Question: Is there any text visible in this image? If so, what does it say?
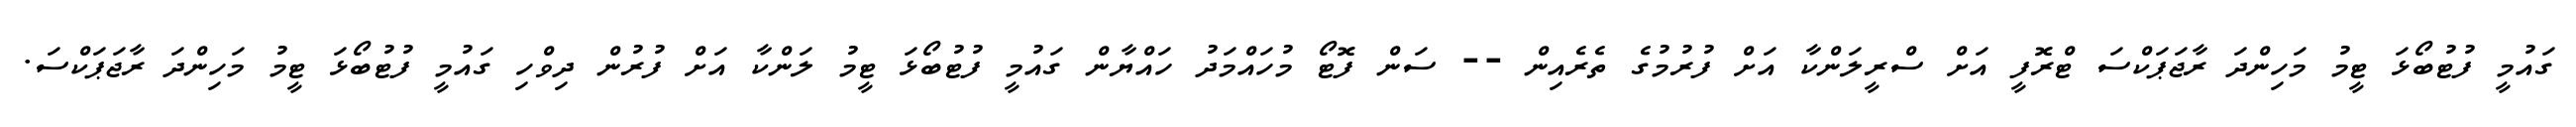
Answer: ގައުމީ ފުޓުބޯޅަ ޓީމު މަހިންދަ ރާޖަޕަކްސަ ޓްރޮފީ އަށް ސްރީލަންކާ އަށް ފުރުމުގެ ތެރެއިން -- ސަން ފޮޓޯ މުހައްމަދު ހައްޔާން ގައުމީ ފުޓުބޯޅަ ޓީމު ލަންކާ އަށް ފުރުން ދިވްހި ގައުމީ ފުޓުބޯޅަ ޓީމު މަހިންދަ ރާޖަޕަކްސަ.